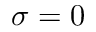
\sigma = 0